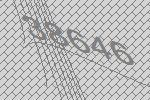
38646